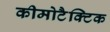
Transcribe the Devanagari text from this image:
कीमोटैक्टिक